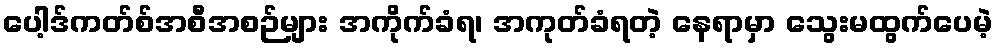
ပေါ့ဒ်ကတ်စ်အစီအစဉ်များ အကိုက်ခံရ၊ အကုတ်ခံရတဲ့ နေရာမှာ သွေးမထွက်ပေမဲ့